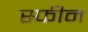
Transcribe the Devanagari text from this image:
स्फीन